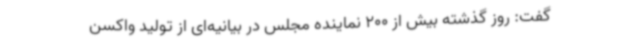
گفت: روز گذشته بیش از 200 نماینده مجلس در بیانیه‌ای از تولید واکسن